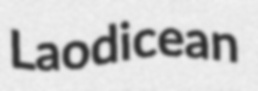
Laodicean